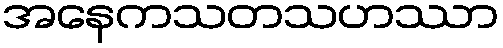
အနေကသတသဟဿာ